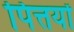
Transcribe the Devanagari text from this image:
पित्तयों